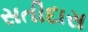
સતીદાસ